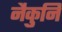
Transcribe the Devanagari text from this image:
नैकुनि